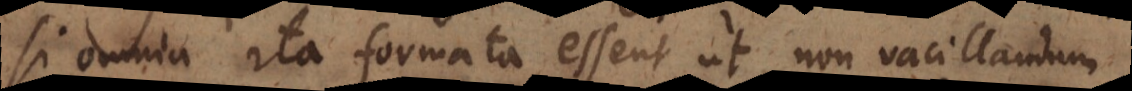
si omnia ita formata essent, ut non vacillandum